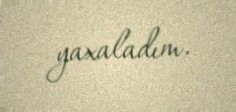
yaxaladım.